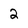
Character: 2